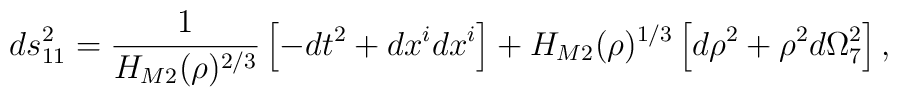
ds_{11}^{2}=\frac{1}{H_{M2}(\rho)^{2/3}}\left[  -dt^{2}+dx^{i}dx^{i}\right]+H_{M2}(\rho)^{1/3}\left[  d\rho^{2}+\rho^{2}d\Omega_{7}^{2}\right]  ,